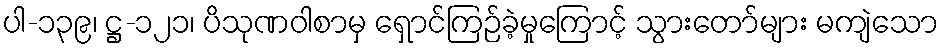
ပါ-၁၃၉၊ ဋ္ဌ-၁၂၁၊ ပိသုဏဝါစာမှ ရှောင်ကြဉ်ခဲ့မှုကြောင့် သွားတော်များ မကျဲသော